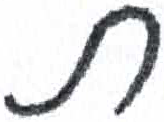
אות: ת